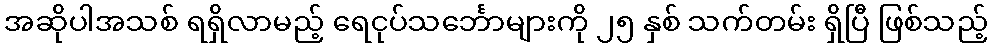
အဆိုပါအသစ် ရရှိလာမည့် ရေငုပ်သင်္ဘောများကို ၂၅ နှစ် သက်တမ်း ရှိပြီ ဖြစ်သည့်